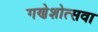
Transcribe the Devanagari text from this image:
गणेशोत्सवा